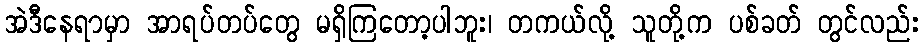
အဲဒီနေရာမှာ အာရပ်တပ်တွေ မရှိကြတော့ပါဘူး၊ တကယ်လို့ သူတို့က ပစ်ခတ် တွင်လည်း